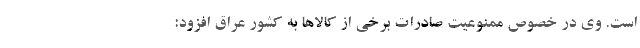
است. وی در خصوص ممنوعیت صادرات برخی از کالاها به کشور عراق افزود: